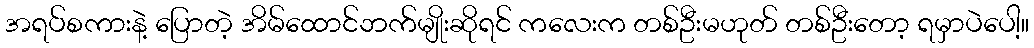
အရပ်စကားနဲ့ ပြောတဲ့ အိမ်ထောင်ဘက်မျိုးဆိုရင် ကလေးက တစ်ဦးမဟုတ် တစ်ဦးတော့ ရမှာပဲပေါ့။